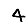
Digit: 4